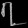
Digit: ၇